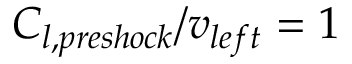
C _ { l , p r e s h o c k } / v _ { l e f t } = 1